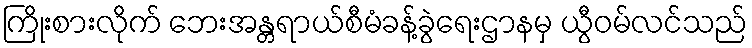
ကြိုးစားလိုက် ဘေးအန္တရာယ်စီမံခန့်ခွဲရေးဌာနမှ ယွီဝမ်လင်သည်